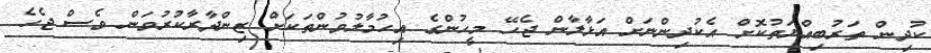
ކުދިން ތަރުބިއްޔަތުކޮށް އެކުދިންނަށް އަޅާލާން ޖެހޭ މީހުންގެ އިހުމާލުވުންތަކަށް ޒިންދާރާކުރުވަން ވެސް ޖެހެ